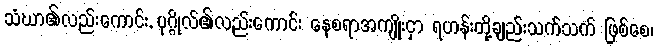
သံဃာ၏လည်းကောင်း, ပုဂ္ဂိုလ်၏လည်းကောင်း နေစရာအကျိုးငှာ ရဟန်းတို့ချည်းသက်သက် ဖြစ်စေ၊